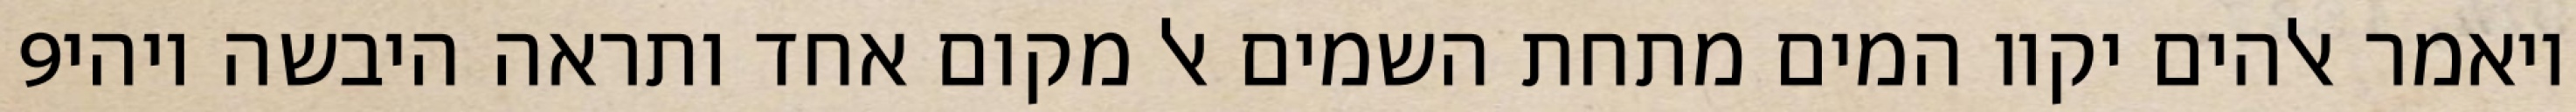
‎9‏ ויאמר אלהים יקוו המים מתחת השמים אל מקום אחד ותראה היבשה ויהי